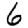
Digit: 6